画像に写った文字を読んでください
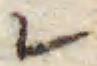
「レ」と書いてあります